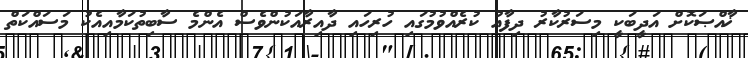
ޚާއްޞަކޮށް އަދީބަކީ މިސަރުކާރު ދިފާއު ކުރެއްވުމުގައި ހުރިހައި ދާއިރާއަކުންވެސް އެންމެ ސާބިތުކަމާއިއެކު މަސައްކަތް